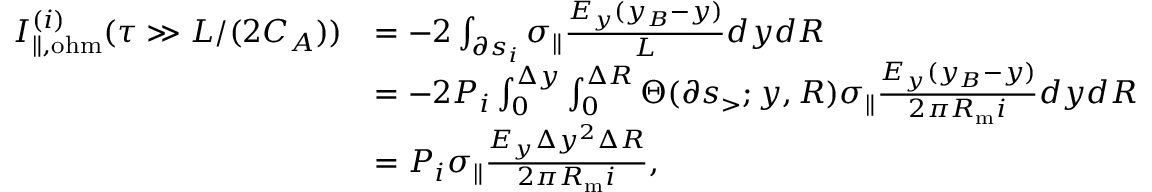
\begin{array} { r l } { I _ { \| , \mathrm { o h m } } ^ { ( i ) } ( \tau \gg L / ( 2 C _ { A } ) ) } & { = - 2 \int _ { \partial s _ { i } } \sigma _ { \| } \frac { E _ { y } ( y _ { B } - y ) } { L } d y d R } \\ & { = - 2 P _ { i } \int _ { 0 } ^ { \Delta y } \int _ { 0 } ^ { \Delta R } \Theta ( \partial s _ { > } ; y , R ) \sigma _ { \| } \frac { E _ { y } ( y _ { B } - y ) } { 2 \pi R _ { \mathrm { m } } i } d y d R } \\ & { = P _ { i } \sigma _ { \| } \frac { E _ { y } \Delta y ^ { 2 } \Delta R } { 2 \pi R _ { \mathrm { m } } i } , } \end{array}